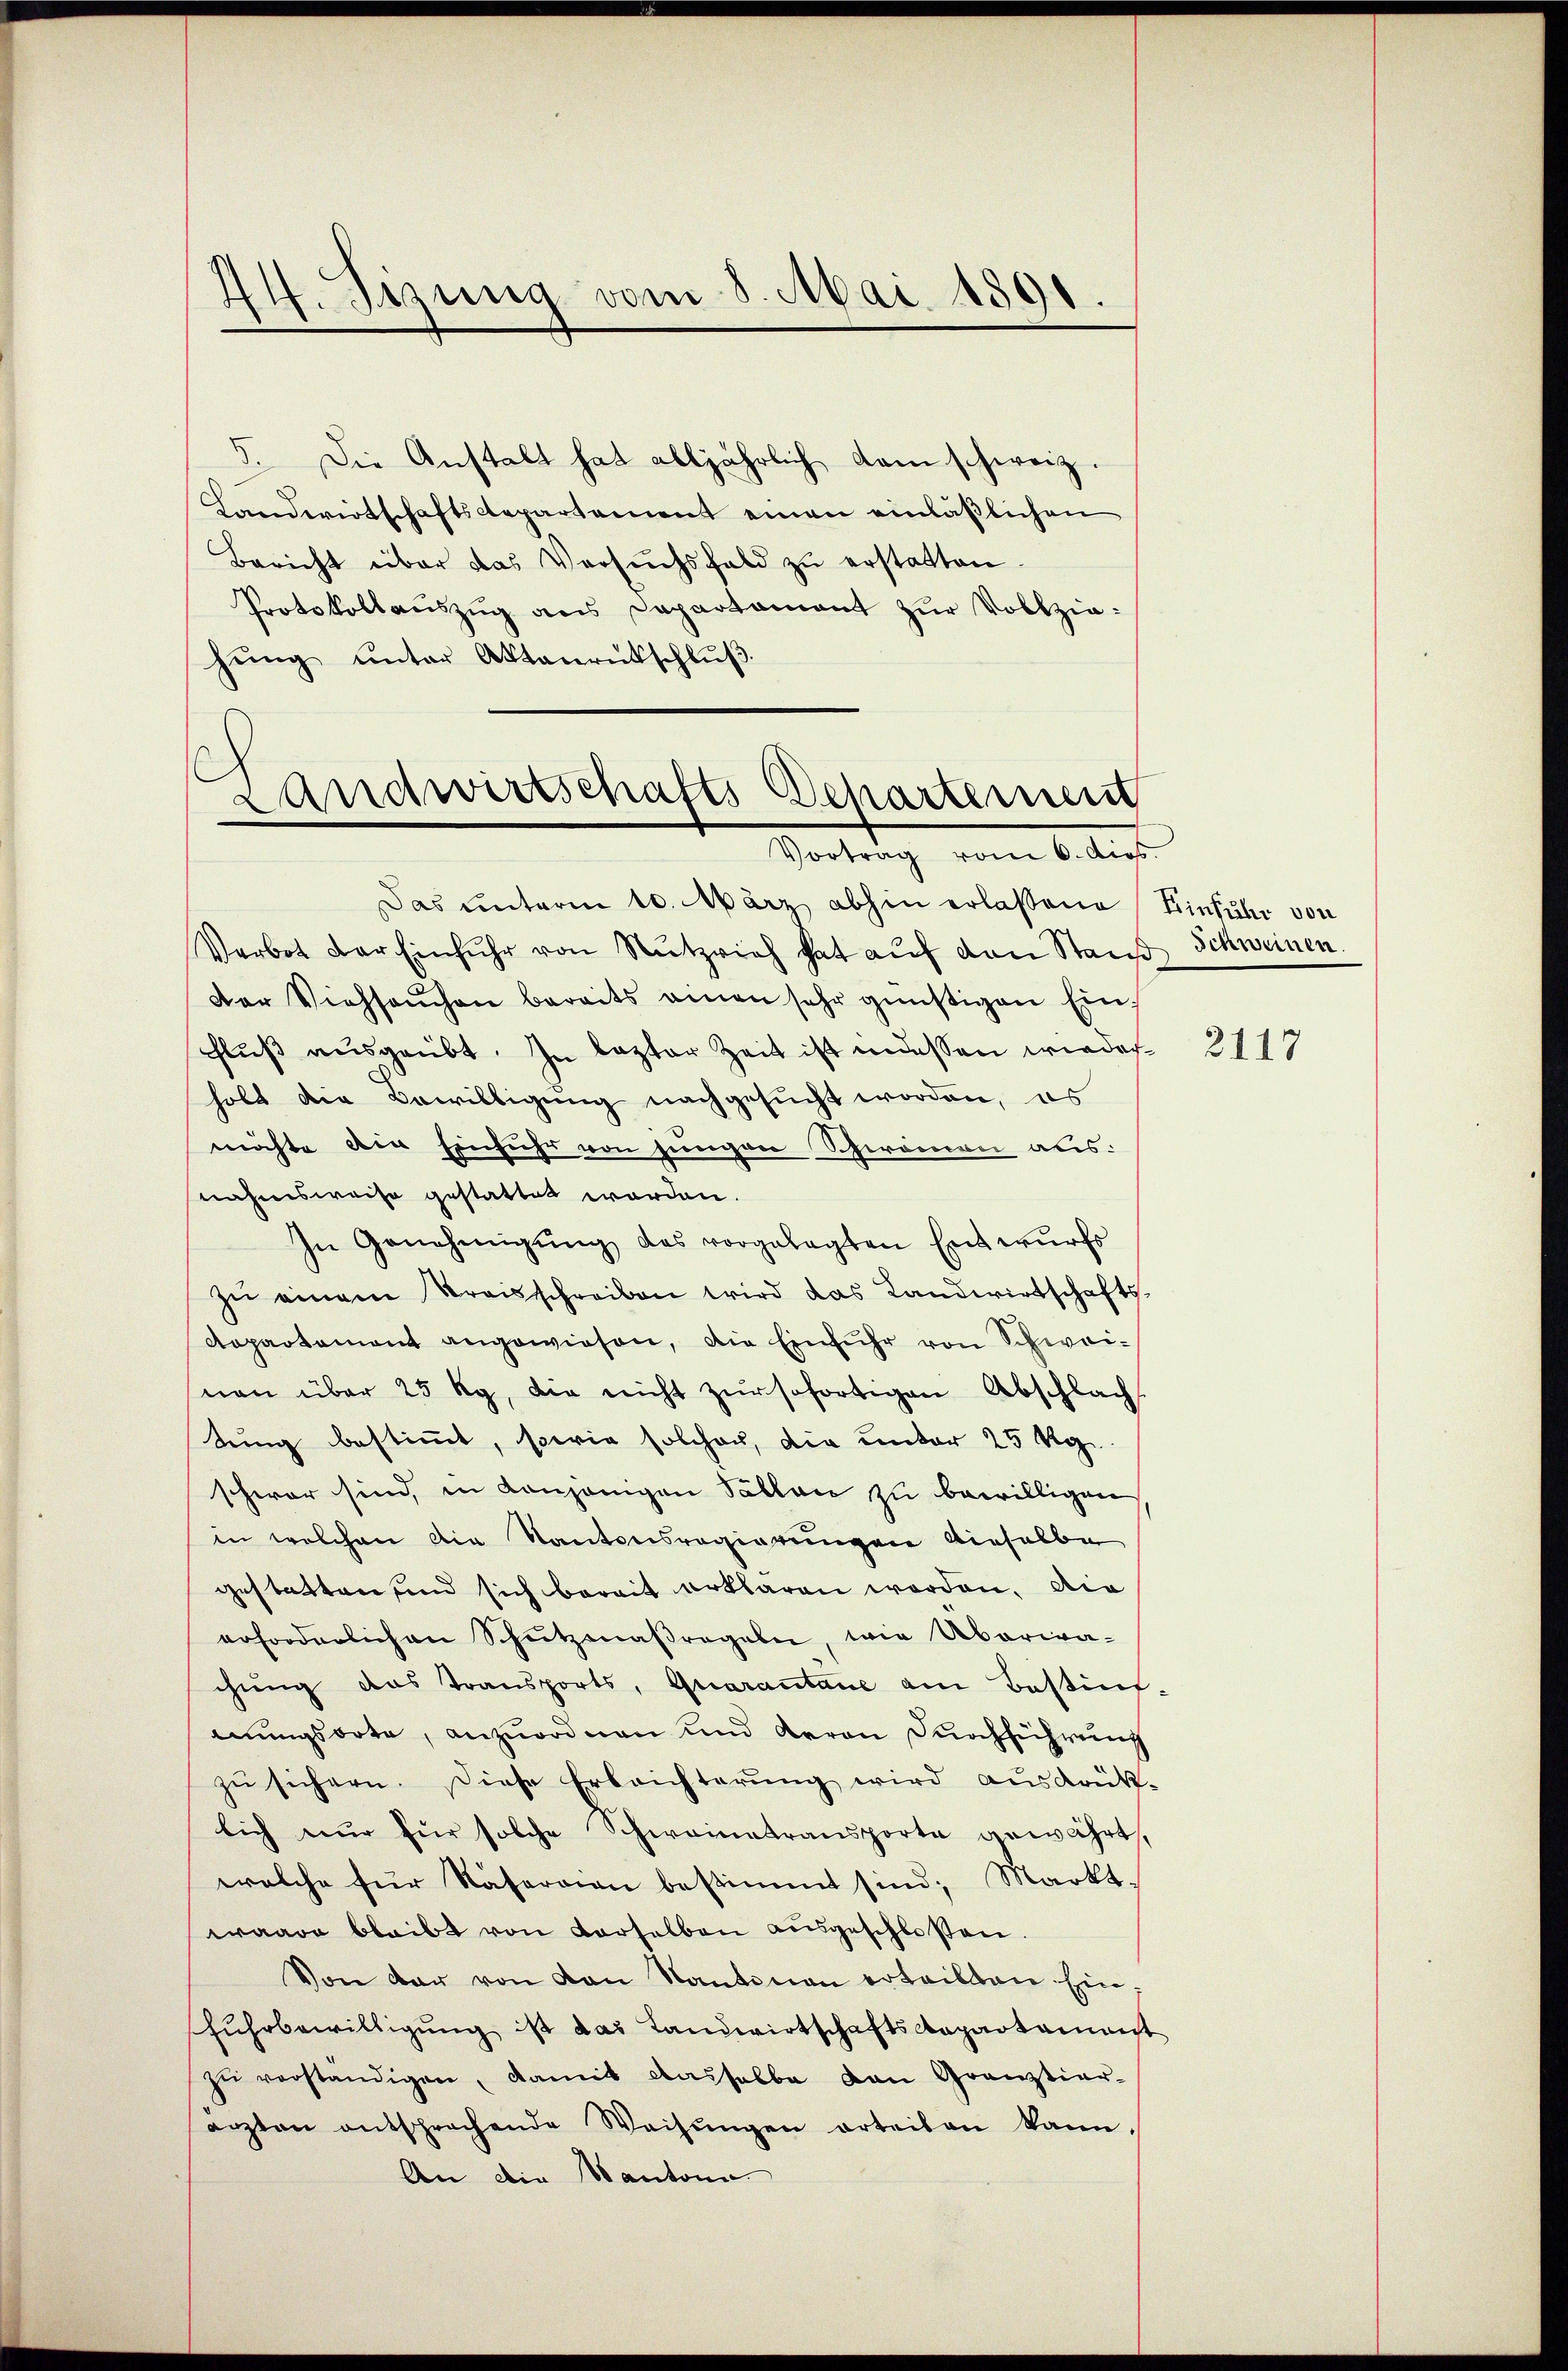
. Die Anstalt hat alljährlich kam schweiz.
Landwirtschaftsdepartement einen einläßlichen
Bericht über das Versuchsfeld zŭ erstatten
Protokollaŭszŭg ans Departamant zŭr Vollziehŭng unter Aktaŭrückschlŭβ

44. Sizung vom 8. Mai 1891.

Landwirtschafts Departeinem
Vortrag vom 6. dies

Das unterm 10. März abhin erlassene Einfuhr von
Verbot der Einfuhr von Nŭtzvieh hat aŭf den Stand Schweinen.
der Viehseuchen bereits einen sehr günstigen Ein¬
Fluß ausgeübt. In lezter Zeit ist indessen wieder
holt die Bewilligung nachgesucht worden, es
möchte die Einfuhr von jungen Schwamen aus:
nahmsweise gestattet worden.
In Genehmigŭng des vorgelegten Entwurfs
zŭ einem Kreisschreiben wird das Landwirtschafts-
Repartement angewiesen, die Einfuhr von Schweinen über 25 Rp., die nicht zur sofortigen Abschlach
tung bestimmt, sowie solcher, die unter 25 Kg
schwar sind, in Konjenigen Pallan zu bewilligen
in welchen die Kantonsregierungen dieselbe
gestatten sind sich bereit erklären worden, die
erforderlichen Schŭtzmaßregeln, wie Abaria-
chung das Transports, Quarantane am Bestim-
mungsorte, anzuordnen und deren Durchführung
zu sichern. Diese Erbrichterung wird ausdrük-
lich nur für solche Schweinetransporte gewährt,
welche für Naservian bestimmt sind, Markt-
waare bleibt von derselben ausgeschloßen.
Von der von von Kantonau erteilten Ein¬
Fuhrbewilligung ist das Landwirtschaftskapartament
zŭ verständigen, damit aushalbe von Grauztiar-
arzten entsprechende Weisŭngen erteilen kann,
An die Kantona

2117